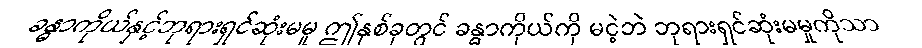
ခန္ဓာကိုယ်နှင့်ဘုရားရှင်ဆုံးမမူ ဤနှစ်ခုတွင် ခန္ဓာကိုယ်ကို မငဲ့ဘဲ ဘုရားရှင်ဆုံးမမှုကိုသာ